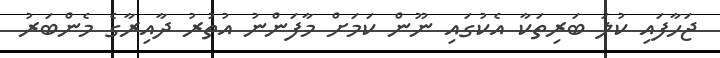
ޖަހާފައި ކުލަ ބަރިތަކާ އެކުގައި ނޫން ކަމަށް މާފަންނު އުތުރު ދާއިރާގެ މެންބަރު